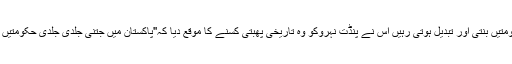
ان ابتدائی دس برسوں میں جس بے یقینی اور سرعت کے ساتھ حکومتیں بنتی اور تبدیل ہوتی رہیں اس نے پنڈت نہروکو وہ تاریخی پھبتی کسنے کا موقع دیا کہ''پاکستان میں جتنی جلدی جلدی حکومتیں تبدیل ہوتی ہیں،اتنی جلدی تو میں اپنی دھوتی بھی تبدیل نہیں کرتا''۔